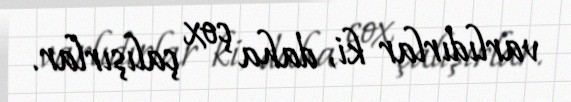
varlıdırlar ki, daha çox çalışırlar.